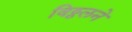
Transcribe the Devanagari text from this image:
विठ्ठलने